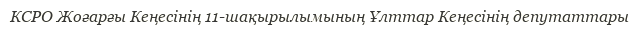
КСРО Жоғарғы Кеңесінің 11-шақырылымының Ұлттар Кеңесінің депутаттары